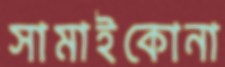
সামাইকোনা